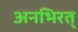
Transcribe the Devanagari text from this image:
अनभिरत्